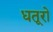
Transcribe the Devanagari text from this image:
धतूरो